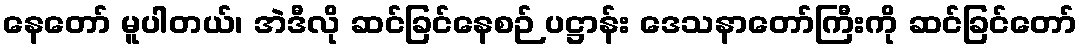
နေတော် မူပါတယ်၊ အဲဒီလို ဆင်ခြင်နေစဉ် ပဋ္ဌာန်း ဒေသနာတော်ကြီးကို ဆင်ခြင်တော်